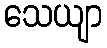
သေယျာ